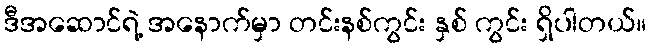
ဒီအဆောင်ရဲ့ အနောက်မှာ တင်းနစ်ကွင်း နှစ် ကွင်း ရှိပါတယ်။